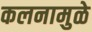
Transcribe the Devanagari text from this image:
कलनामुळे